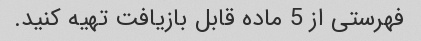
فهرستی از 5 ماده قابل بازیافت تهیه کنید.